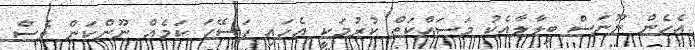
އެހެން ނޫނަސް ބިލާލާއެކު މަސައްކަތް ކުރުމަކީ އެހައި ފަސޭހަ ކަމެއް ނޫންކަން ވެސް